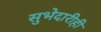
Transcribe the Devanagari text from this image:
सुभेदारीही